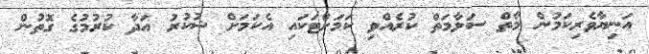
އަނިޔާވެރިކަމުން މާތް ސަލާމަތް ކުރެއްވި ކަމަށްޓަކައި އެކަމަށް ޝުކުރު އަދާ ކުރުމުގެ ގޮތުން